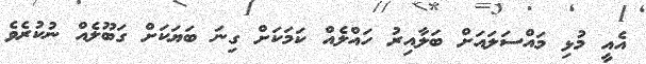
އެއީ މުޅި މައްސަލައަށް ބަލާއިރު ހައްލެއް ކަމަކަށް ގިނަ ބަޔަކަށް ގަބޫލެއް ނުކުރެވެ